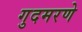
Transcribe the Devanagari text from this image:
गुदमरणे